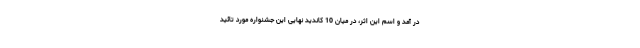
در آمد و اسم این اثر، در میان 10 کاندید نهایی این جشنواره مورد تائید